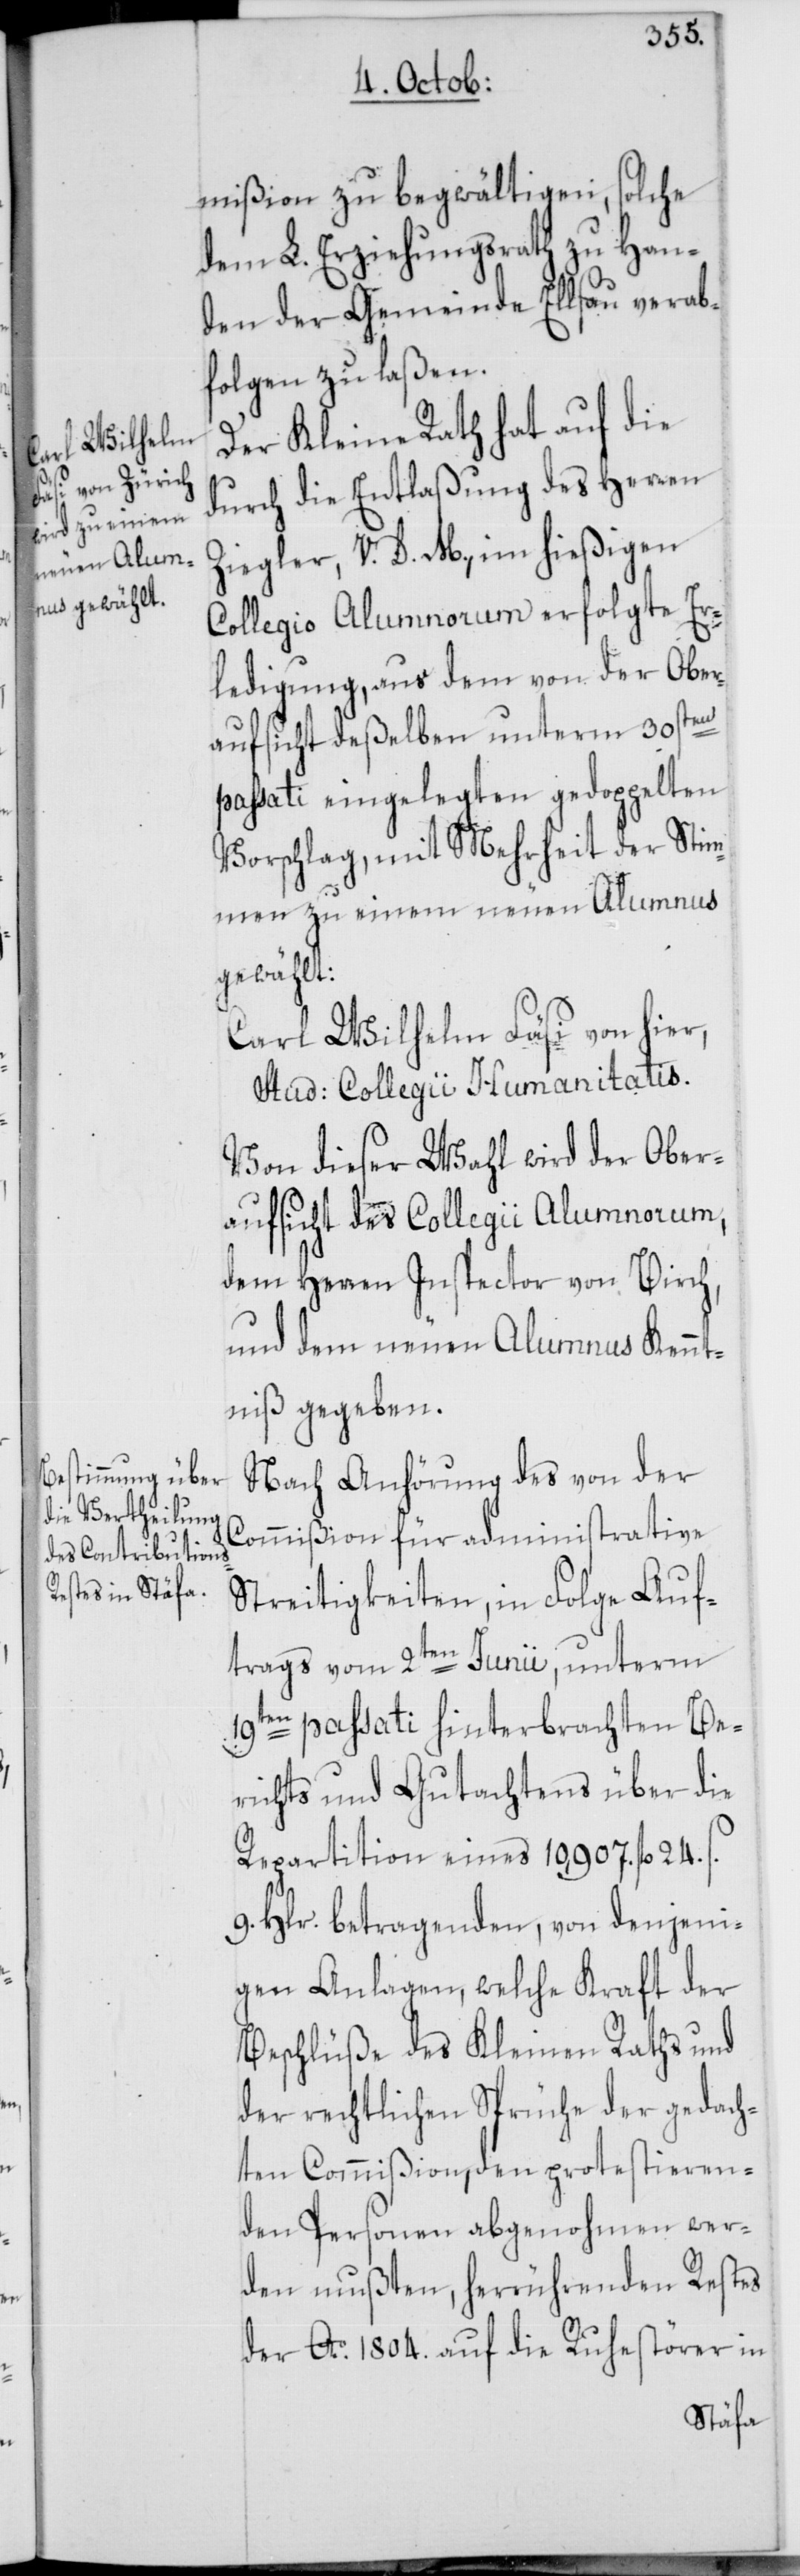
mißion zu begwältigen, solche
dem L. Erziehungsrath zu Han¬
den der Gemeinde Ellsau verab¬
folgen zu laßen.
Der Kleine Rath hat auf die
durch die Entlaßung des Herren
Ziegler, V. D. M., im hießigen
Collegio Alumnorum erfolgte Er¬
ledigung, aus dem von der Ober¬
aufsicht deßelben unterm 30sten
passati eingelegten gedoppelten
Vorschlag, mit Mehrheit der Stim¬
men zu einem neuen Alumnus
gewählt:
Carl Wilhelm Fäsi von hier,
Stud: Collegii Humanitatis.
Von dieser Wahl wird der Ober¬
aufsicht des Collegii Alumnorum,
dem Herren Inspector von Birch,
und dem neuen Alumnus Kennt¬
niß gegeben.
Nach Anhörung des von der
Commißion für administrative
Streitigkeiten, in Folge Auf¬
trags vom 2ten Junii unterm
19ten passati hinterbrachten Be¬
richts und Gutachtens über die
Repartition eines 10,907. fl. 24.
9. Hlr. betragenden, von denjeni¬
gen Anlagen, welche Kraft der
Beschlüße des Kleinen Raths und
der rechtlichen Sprüche der gedach¬
ten Commißion, den protestieren¬
den Personen abgenohmen wer¬
den mußten, herrührenden Restes
der Ao. 1804. auf die Ruhestörer in